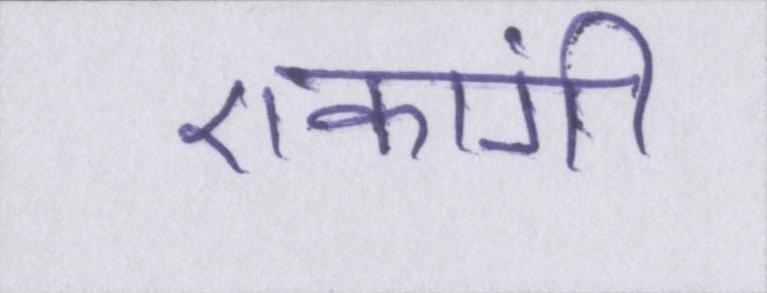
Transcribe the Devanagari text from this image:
एकांगी